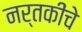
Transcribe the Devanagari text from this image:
नर्तकींचे